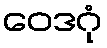
ဝေဒဂုံ